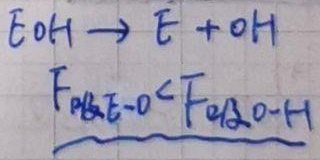
\(\mathrm{EOH}\rightarrow\mathrm{E}+\mathrm{OH}\)
\(F_{\text{吸}\mathrm{E}-\mathrm{O}}<F_{\text{吸}\mathrm{O}-\mathrm{H}}\)